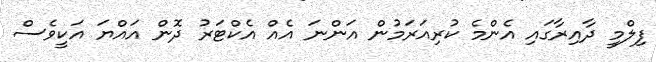
ފިލްމީ ދާއިރާގައި އެންމެ ކުރިއަރަމުން އަންނަ އެއް އެކްޓަރު ދޮން އައްޔަ އަކީވެސް